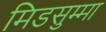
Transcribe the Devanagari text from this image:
मिडसुम्मा